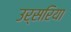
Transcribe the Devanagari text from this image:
उर्सरिया